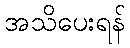
အသိပေးရန်